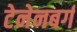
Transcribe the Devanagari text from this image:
टेनेनबर्ग